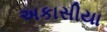
અકાસીયા